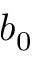
b _ { 0 }